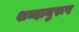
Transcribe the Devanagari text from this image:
शब्दानुरूप